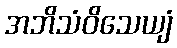
အဘိသံဝိသေယျံ